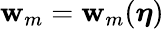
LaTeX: \mathbf{w}_{m}=\mathbf{w}_{m}(\boldsymbol{\eta})